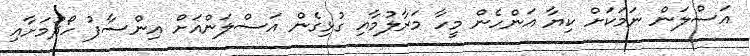
އަސްލަން ނަމަކަށް ކިޔާ އަންހެން މީހާ މަރާލުމާއި ގުޅިގެން އަސްލަންއަށް އިންސާފު ހޯދުމަށާއި